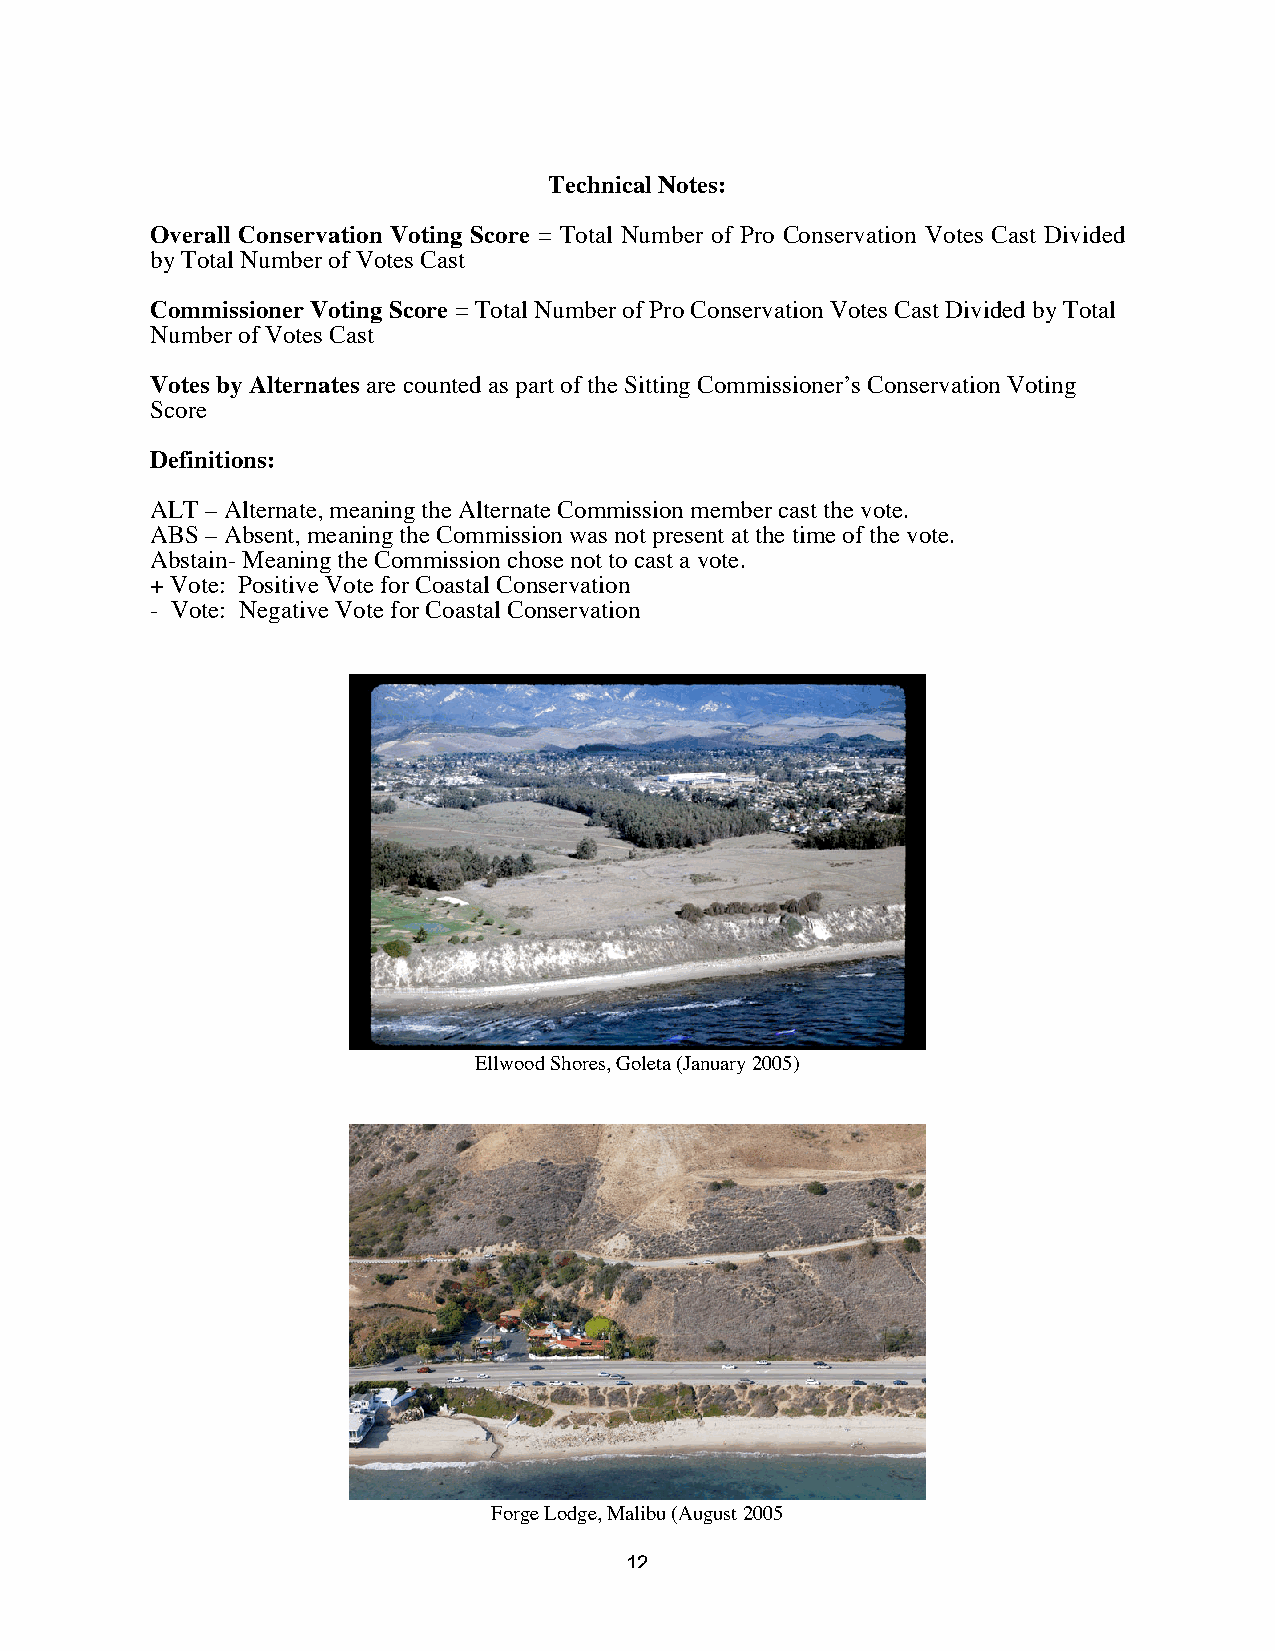
Technical Notes:
 Overall Conservation Voting Score = Total Number of Pro Conservation Votes Cast Divided
 by Total Number of Votes Cast
 Commissioner Voting Score = Total Number of Pro Conservation Votes Cast Divided by Total
 Number of Votes Cast
 Votes by Alternates are counted as part of the Sitting Commissioner’s Conservation Voting
 Score
 Definitions:
 ALT – Alternate, meaning the Alternate Commission member cast the vote.
 ABS – Absent, meaning the Commission was not present at the time of the vote.
 Abstain- Meaning the Commission chose not to cast a vote.
 + Vote: Positive Vote for Coastal Conservation
 - Vote: Negative Vote for Coastal Conservation
 Ellwood Shores, Goleta (January 2005)
 Forge Lodge, Malibu (August 2005
 12